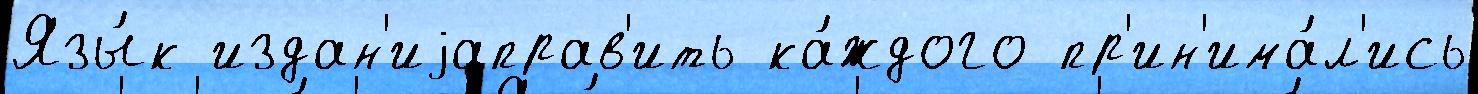
Язы́к издан'иjаправ'ить ка́ждого пр'ин'има́л'ись